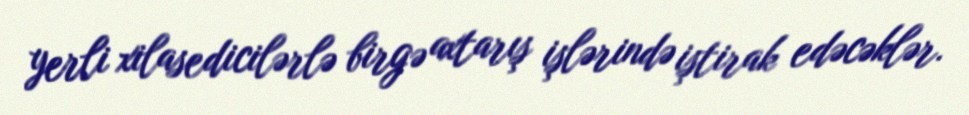
yerli xilasedicilərlə birgə axtarış işlərində iştirak edəcəklər.